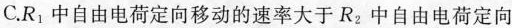
C.R_{1}中自由电荷定向移动的速率大于R_{2}中自由电荷定向